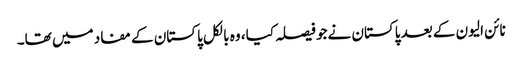
نائن الیون کے بعد پاکستان نےجو فیصلہ کیا، وہ بالکل پاکستان کے مفاد میں تھا۔